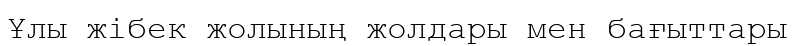
Ұлы жібек жолының жолдары мен бағыттары